Medical and sanitary report of the native army of Bengal for the year
Year: 1876
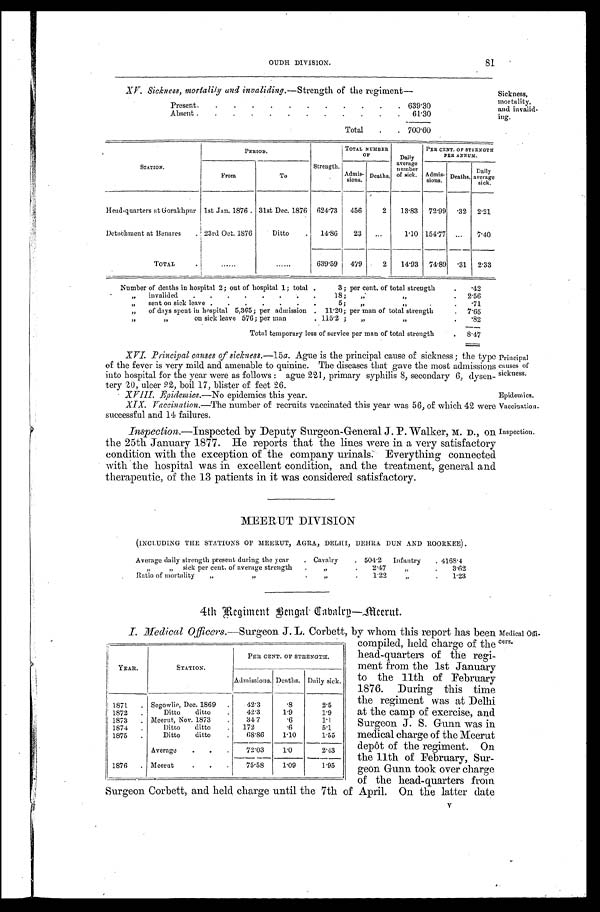
XV. Sickness, mortality and invaliding.—Strength of the regiment—
Present .
.
.
.
.
.
.
.
.
.
.
. 639.30
Absent .
.
.
.
.
.
.
.
.
.
.
. 61.30
Total
.
. 700.60
Sickness,
mortality,
and invalid-
ing.
OUDH DIVISION. 81
STATION.
PERIOD.
Strengt h.
TOTAL NUMBERO F
Daily
average
number
of sick.
PER CENT. OF STRENGTH
PER ANNUM.
From
To
Admis-
sions. Deaths.
Admis-
sions. Deaths.
Daily
average
sick.
Head-quarters at Gorakhpur 1st Jan. 1876 . 31st Dec. 1876 624.73 456
2 13.83 72.99 .32 2.21
Detachment at Benares
. 23rd Oct. 1876
Ditto
. 14.86
23 ...
1.10 154.77 ...
7.40
TOTAL
......
. . . . . . 639.59 479
2 14.93 74.89 .31 2.33
Number of deaths in hospital 2; out of hospital 1; total .
3; per cent. of total strength
. .42
„ invalided
.
.
. .
.
.
. .
18; „. „
. 2 . 5 6
„ sent on sick leave .
.
.
.
.
.
.
5;
„ „
.
. 7 1
„
of days spent in hospital 5,365; per admission . 11.20; per man of total strength
. 7.65
„
„ on sick leave 576; per man
. 115.2;
„ „
. .82
Total temporary loss of service per man of total strength
. 8.47
XVI. Principal causes of sickness.— 15a. Ague is the principal cause of sickness ; the type
of the fever is very mild and amenable to quinine. The diseases that gave the most admissions
into hospital for the year were as follows : ague 221, primary syphilis 8, secondary 6, dysen-
tery 20, ulcer 22, boil 17, blister of feet 26.
X V I I I . E p i d e m i c s .
— N o e p i d e m i c s t h i s y e a r .
XIX. Vaccination. —The number of recruits vaccinated this year was 56, of which 42 were
successful and 14 failures.
Inspection.—Inspected by Deputy Surgeon-General J. P. Walker, M. D., on
the 25th January 1877. He reports that the lines were in a very satisfactory
condition with the exception of the company urinals. Everything connected
with the hospital was in excellent condition, and the treatment, general and
therapeutic, of the 13 patients in it was considered satisfactory.
Principal
causes of
sickness.
Epidemics.
Vaccination.
Inspection.
MEERUT DIVISION
(INCLUDING THE STATIONS OF MEERUT, AGRA, DELHI, DEHRA DUN AND ROORKEE).
Average daily strength present during the year
. Cavalry
. 504.2 Infantry . 4168.4
„ „ sick per cent. of average strength
.
„
.
2.47
„
.
3 . 6 2
Ratio of mortality „ „
.
„
.
1.22
„
.
1.23
4th Regiment Bengal Cabalrp—Meerut.
I. Medical Officers. —Surgeon J. L. Corbett, by whom this report has been Medical 0ffi-
cers.
YEAR.
STATION.
PER CENT. OF STRENGTH.
Admissions. Deaths. Daily sick.
1871 . Segowlie, Dec. 1869 .
42.3
. 8
2.5
1872 .
Ditto ditto
.
42.3
1.9
1.9
1873 . Meerut, Nov. 1873
.
34.7
. 6
1.1
1874 .
Ditto ditto
. 172
. 6
5.1
1875 .
Ditto ditto
.
68.86
1.10
1.55
Average
. .
.
72.03
1.0
2.43
1876 . Meerut
.
.
.
75.58
1.09
1.95
compiled, held charge of the
head-quarters of the regi-
ment from the 1st January
to the 11th of February
1876. During this time
the regiment was at Delhi
at the camp of exercise, and
Surgeon J. S. Gunn was in
medical charge of the Meerut
depôt of the regiment. On
the 11th of February, Sur-
geon Gunn took over charge
of the head-quarters from
Surgeon Corbett, and held charge until the 7th of April. On the latter date
V